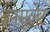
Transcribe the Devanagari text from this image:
इनसुलेट